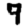
Digit: 9